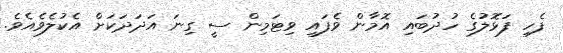
ފެހި ފަޅޮލުގެ ހުދުބައި އޮމާން ވެފައި ވިޓަމިން ސީ ގިނަ އަދަދަކަށް އެކުލެވެއެވެ.